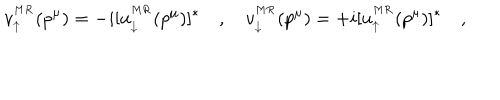
v _ { \uparrow } ^ { ^ { M R } } ( p ^ { \mu } ) = - i [ u _ { \downarrow } ^ { ^ { M R } } ( p ^ { \mu } ) ] ^ { \ast } \quad , \quad v _ { \downarrow } ^ { ^ { M R } } ( p ^ { \mu } ) = + i [ u _ { \uparrow } ^ { ^ { M R } } ( p ^ { \mu } ) ] ^ { \ast } \quad ,